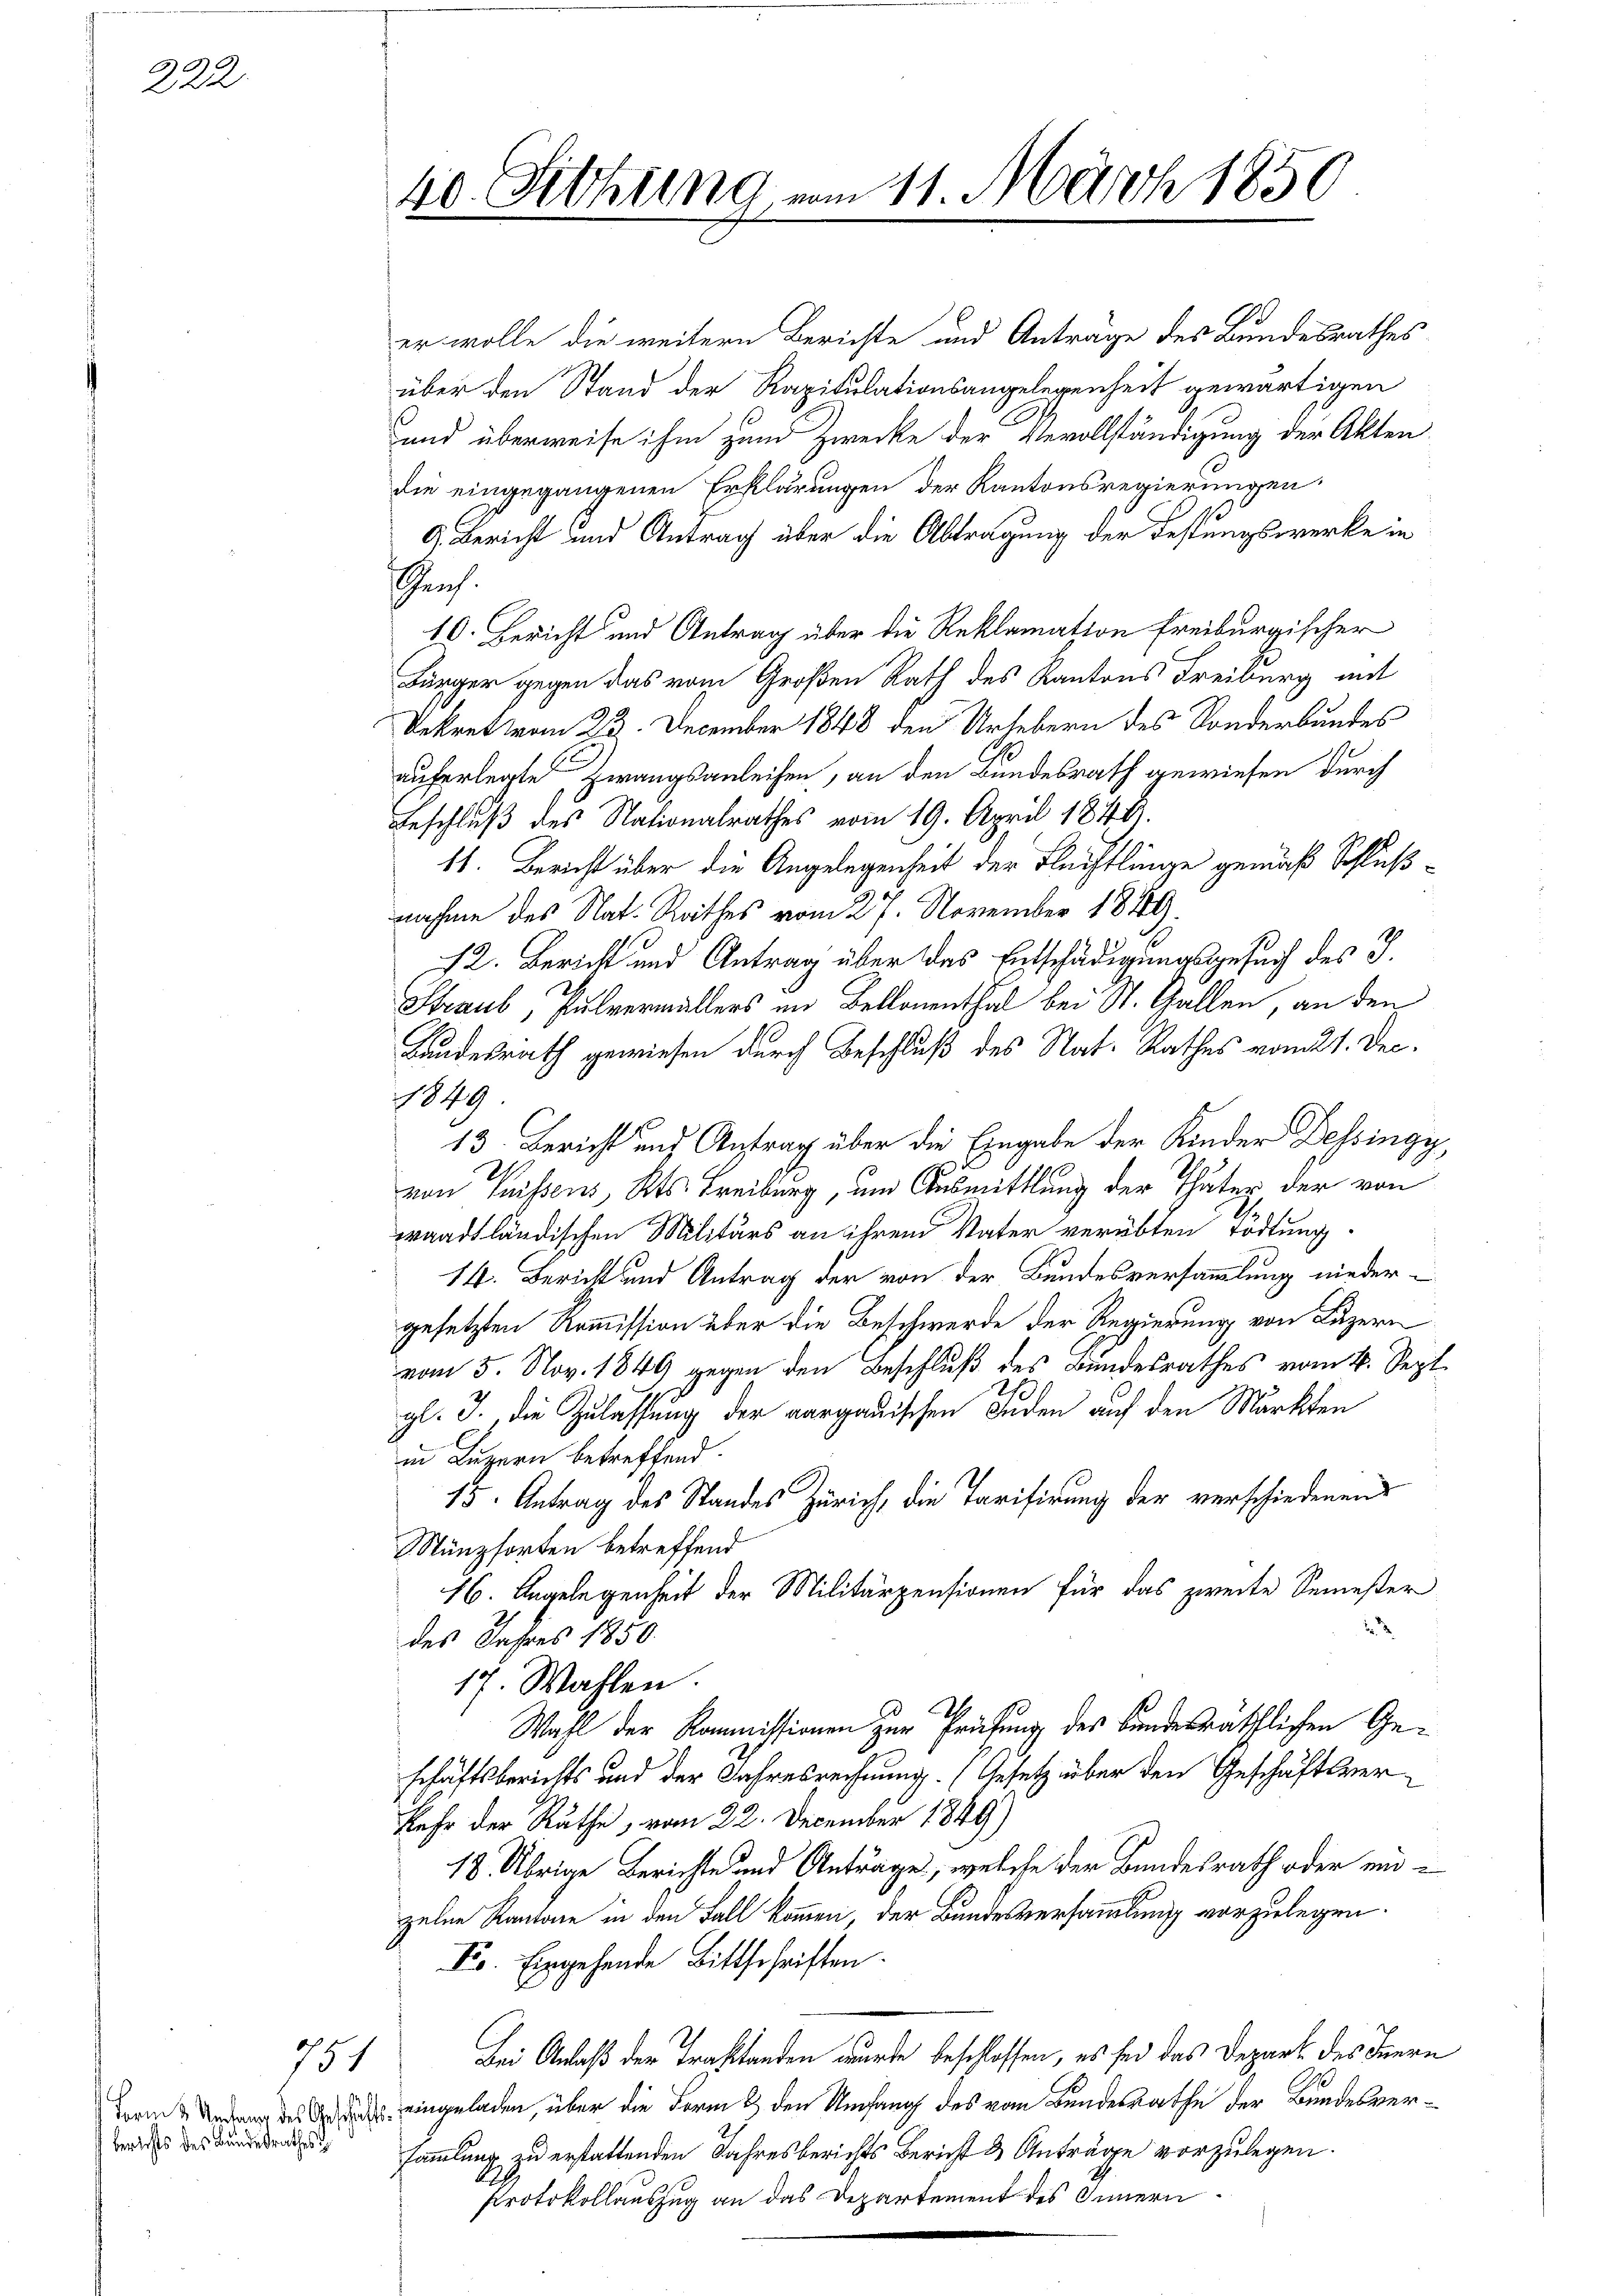
222.

751

berichts des Bundesrathes d

er wolle die weitern Berichte und Anträge des Bundesrathes
über den Stand der Kapitulationsangelegenheit gewärtigen
und überweise ihm zum Zwecke der Vevollständigung der Akten
die eingegangenen Erklärungen der Kantonsregierungen
A. Bericht und Antrag über die Abtragung der Festungswerke in
Prof.
10. Bericht und Antrag über die Reklamation freiburgischer
Bürger gegen das vom Großen Rath des Kantons Freiburg mit
Rekret vom 23. December 1848 den Urhebern des Sonderbundes
auferlegte Zwangsanleihen, an den Bundesrath gewiesen durch
Geschluß des Nationalrathes vom 19. April 1844.
11. Bericht über die Angelegenheit der Flechtlinge gemäß Schlußnahme des Nat. Rathes vom 27. November 1849.
12. Bericht und Antrag über das Entschädigungsgesuch des J.
Straub, Pulvermüllers im Bellonenthal bei St. Gallen, an den
Bundesrath gewiesen durch Beschluß des Nat-Rathes vom 21. Dec.
1849.
13. Bericht auf Antrag über die Eingabe der Kinder Dessingy,
von Suissens, Kts. Freiburg, und Ausmittlung der Thäter, der von
waadtländischen Militärs an ihrem Vater verübten Tödtung
14. Bericht und Antrag der von der Bundesversammlung niedergesetzten Kommission über die Beschwerde der Regierung von Luzern
vom 5. Nov. 1849 gegen den Beschluß des Bundesrathes vom 4. Sept.
2.
gl. J., die Zulassung der aargauischen Fuden auf den Markten
in Luzern betreffend.
15. Antrag des Standes Zürich, die Tarifirung der verschiedenen
Münzsorten betreffend
16. Angelegenheit der Militärpensionen für das zweite Semester
des Jahres 1850.
17. Wahlen.
Wahl der Kommissionen zur Prüfung des bundesräthlichen Geschäftsberichts und der Jahresrechnung. (Gesetz über den Geschäftsverkehr der Räthe, vom 22. December 1849)
18. Übrige Berichte und Anträge, welche der Bundesrath oder einzelne Kantone in den Fall kommen, der Bundesversammlung vorzulegen.
Fr. Eingehende Bittschriften.
Bei Anlaß der Traktanden wurde beschlossen, es sei das Depart des Innern
Form er des Grade eingeladen, über die Form & den Umfang des vom Bundesrathe der Bundesversammlung zu erstattenden Jahresberichts Bericht & Anträge vorzulegen.
Protokollauszug an das Departement des Innern

40. Sitzung,

am 11. März 1850